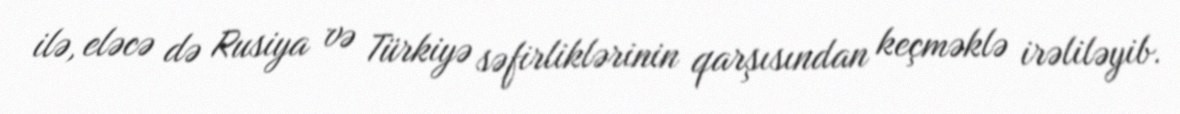
ilə, eləcə də Rusiya və Türkiyə səfirliklərinin qarşısından keçməklə irəliləyib.